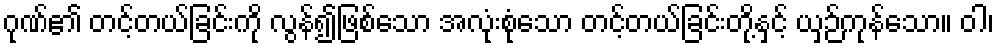
ဂုဏ်၏ တင့်တယ်ခြင်းကို လွန်၍ဖြစ်သော အလုံးစုံသော တင့်တယ်ခြင်းတို့နှင့် ယှဉ်ကုန်သော။ ဝါ၊